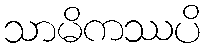
သာမိကဿပိ